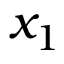
x _ { 1 }